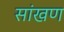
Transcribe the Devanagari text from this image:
सांखण